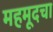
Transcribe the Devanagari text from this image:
महमूदचा